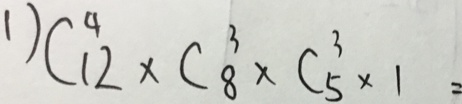
1 ) C ^ { 4 } _ { 1 2 } \times C ^ { 3 } _ { 8 } \times C ^ { 3 } _ { 5 } \times 1 =